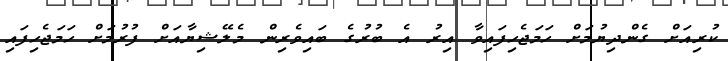
ކުރިއަށް ގެންދިޔުމަށް ހަމަޖެހިފައިވާ އިރު އެ ބުރުގެ ބައިވެރިން މެލޭޝިޔާއަށް ފުރުމަށް ހަމަޖެހިފައި